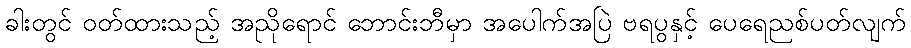
ခါးတွင် ဝတ်ထားသည့် အညိုရောင် ဘောင်းဘီမှာ အပေါက်အပြဲ ဗရပွနှင့် ပေရေညစ်ပတ်လျက်